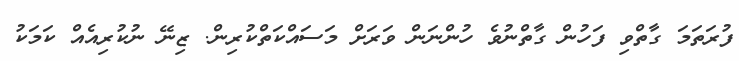
ފުރަތަމަ ގާތްވި ފަހުން ގާތްނުވެ ހުންނަން ވަރަށް މަސައްކަތްކުރިން. ޒިނޭ ނުކުރިއެއް ކަމަކު